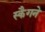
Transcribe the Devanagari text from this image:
स्कैगने